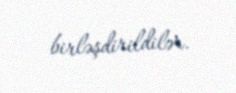
birləşdirildilər.